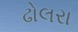
ઢોલરા